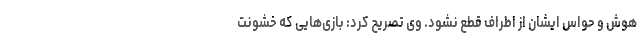
هوش و حواس ایشان از اطراف قطع نشود. وی تصریح کرد: بازی‌هایی که خشونت